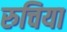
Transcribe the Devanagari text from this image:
रुचिया